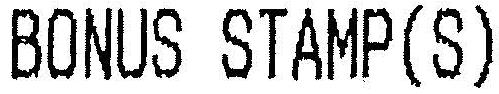
BONUS STAMP(S)